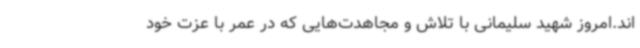
اند.امروز شهید سلیمانی با تلاش و مجاهدت‌هایی که در عمر با عزت خود